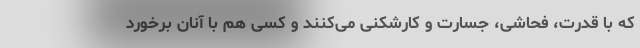
که با قدرت، فحاشی، جسارت و کارشکنی می‌کنند و کسی هم با آنان برخورد